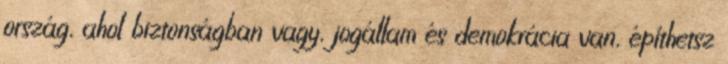
ország, ahol biztonságban vagy, jogállam és demokrácia van, építhetsz